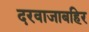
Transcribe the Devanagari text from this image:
दरवाजाबहिर